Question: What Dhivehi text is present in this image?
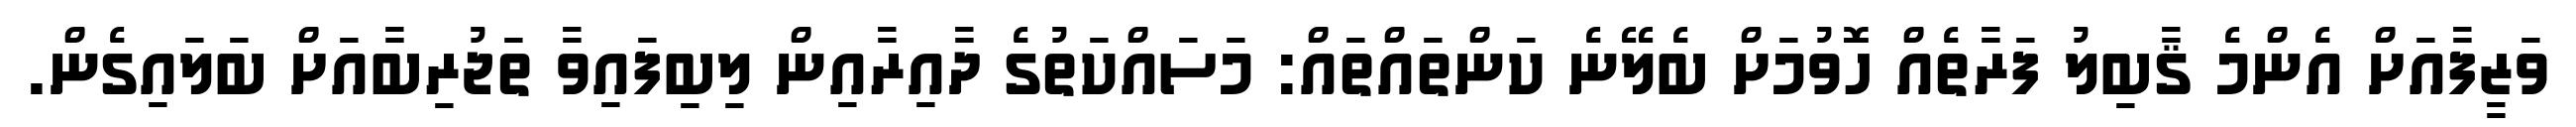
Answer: ވަޒީފާއަށް އެންމެ ޤާބިލު ފަރާތެއް ހޮވުމަށް ބެލޭނެ ކަންތައްތައް: މަސައްކަތުގެ ދާއިރާއިން ލިބިފައިވާ ތަޖުރިބާއަށް ބަލައިގެން.